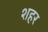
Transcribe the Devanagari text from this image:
शहर